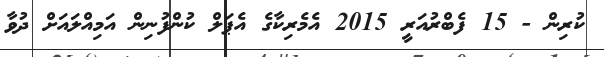
ކުރިން - 15 ފެބްރުއަރީ 2015 އެމެރިކާގެ އެޕަލް ކުންފުނިން އަމިއްލައަށް ދުވާ